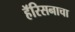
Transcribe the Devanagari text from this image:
हॅरिसनाचा